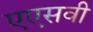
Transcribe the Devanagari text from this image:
एएसवी